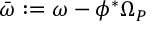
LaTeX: \bar { \omega } : = \omega - \phi ^ { * } \Omega _ { P }